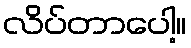
လိပ်တာပေါ့။